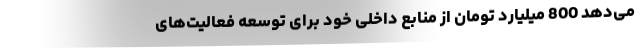
می‌دهد 800 میلیارد تومان از منابع داخلی خود برای توسعه فعالیت‌های